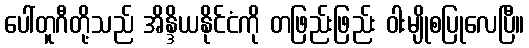
ပေါ်တူဂီတို့သည် အိန္ဒိယနိုင်ငံကို တဖြည်းဖြည်း ဝါးမျိုစပြုလေပြီ။